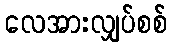
လေအားလျှပ်စစ်